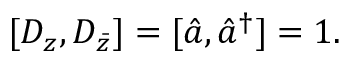
[ { D } _ { z } , D _ { \bar { z } } ] = [ \hat { a } , \hat { a } ^ { \dagger } ] = 1 .